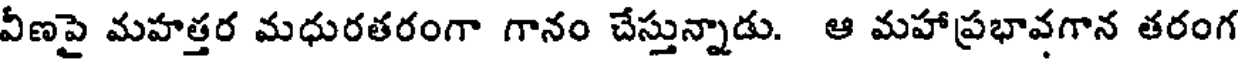
వీణపై మహత్తర మధురతరంగా గానం చేస్తున్నాడు. ఆ మహాప్రభావగాన తరంగ